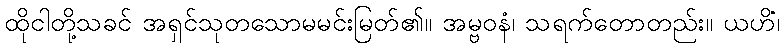
ထိုငါတို့သခင် အရှင်သုတသောမမင်းမြတ်၏။ အမ္ဗဝနံ၊ သရက်တောတည်း။ ယဟိံ၊